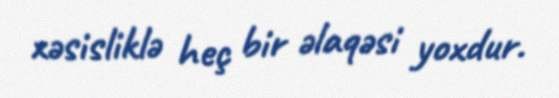
xəsisliklə heç bir əlaqəsi yoxdur.